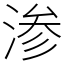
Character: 渗